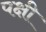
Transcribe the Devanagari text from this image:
पक्षी